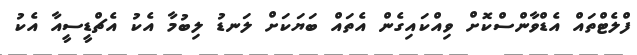
ފްލެޓްތައް އެޑްވާންސްކޮށް ވިއްކައިގެން އެތައް ބަޔަކަށް ލަނޑު ލިބުމާ އެކު އެޗްޑީސީއާ އެކު